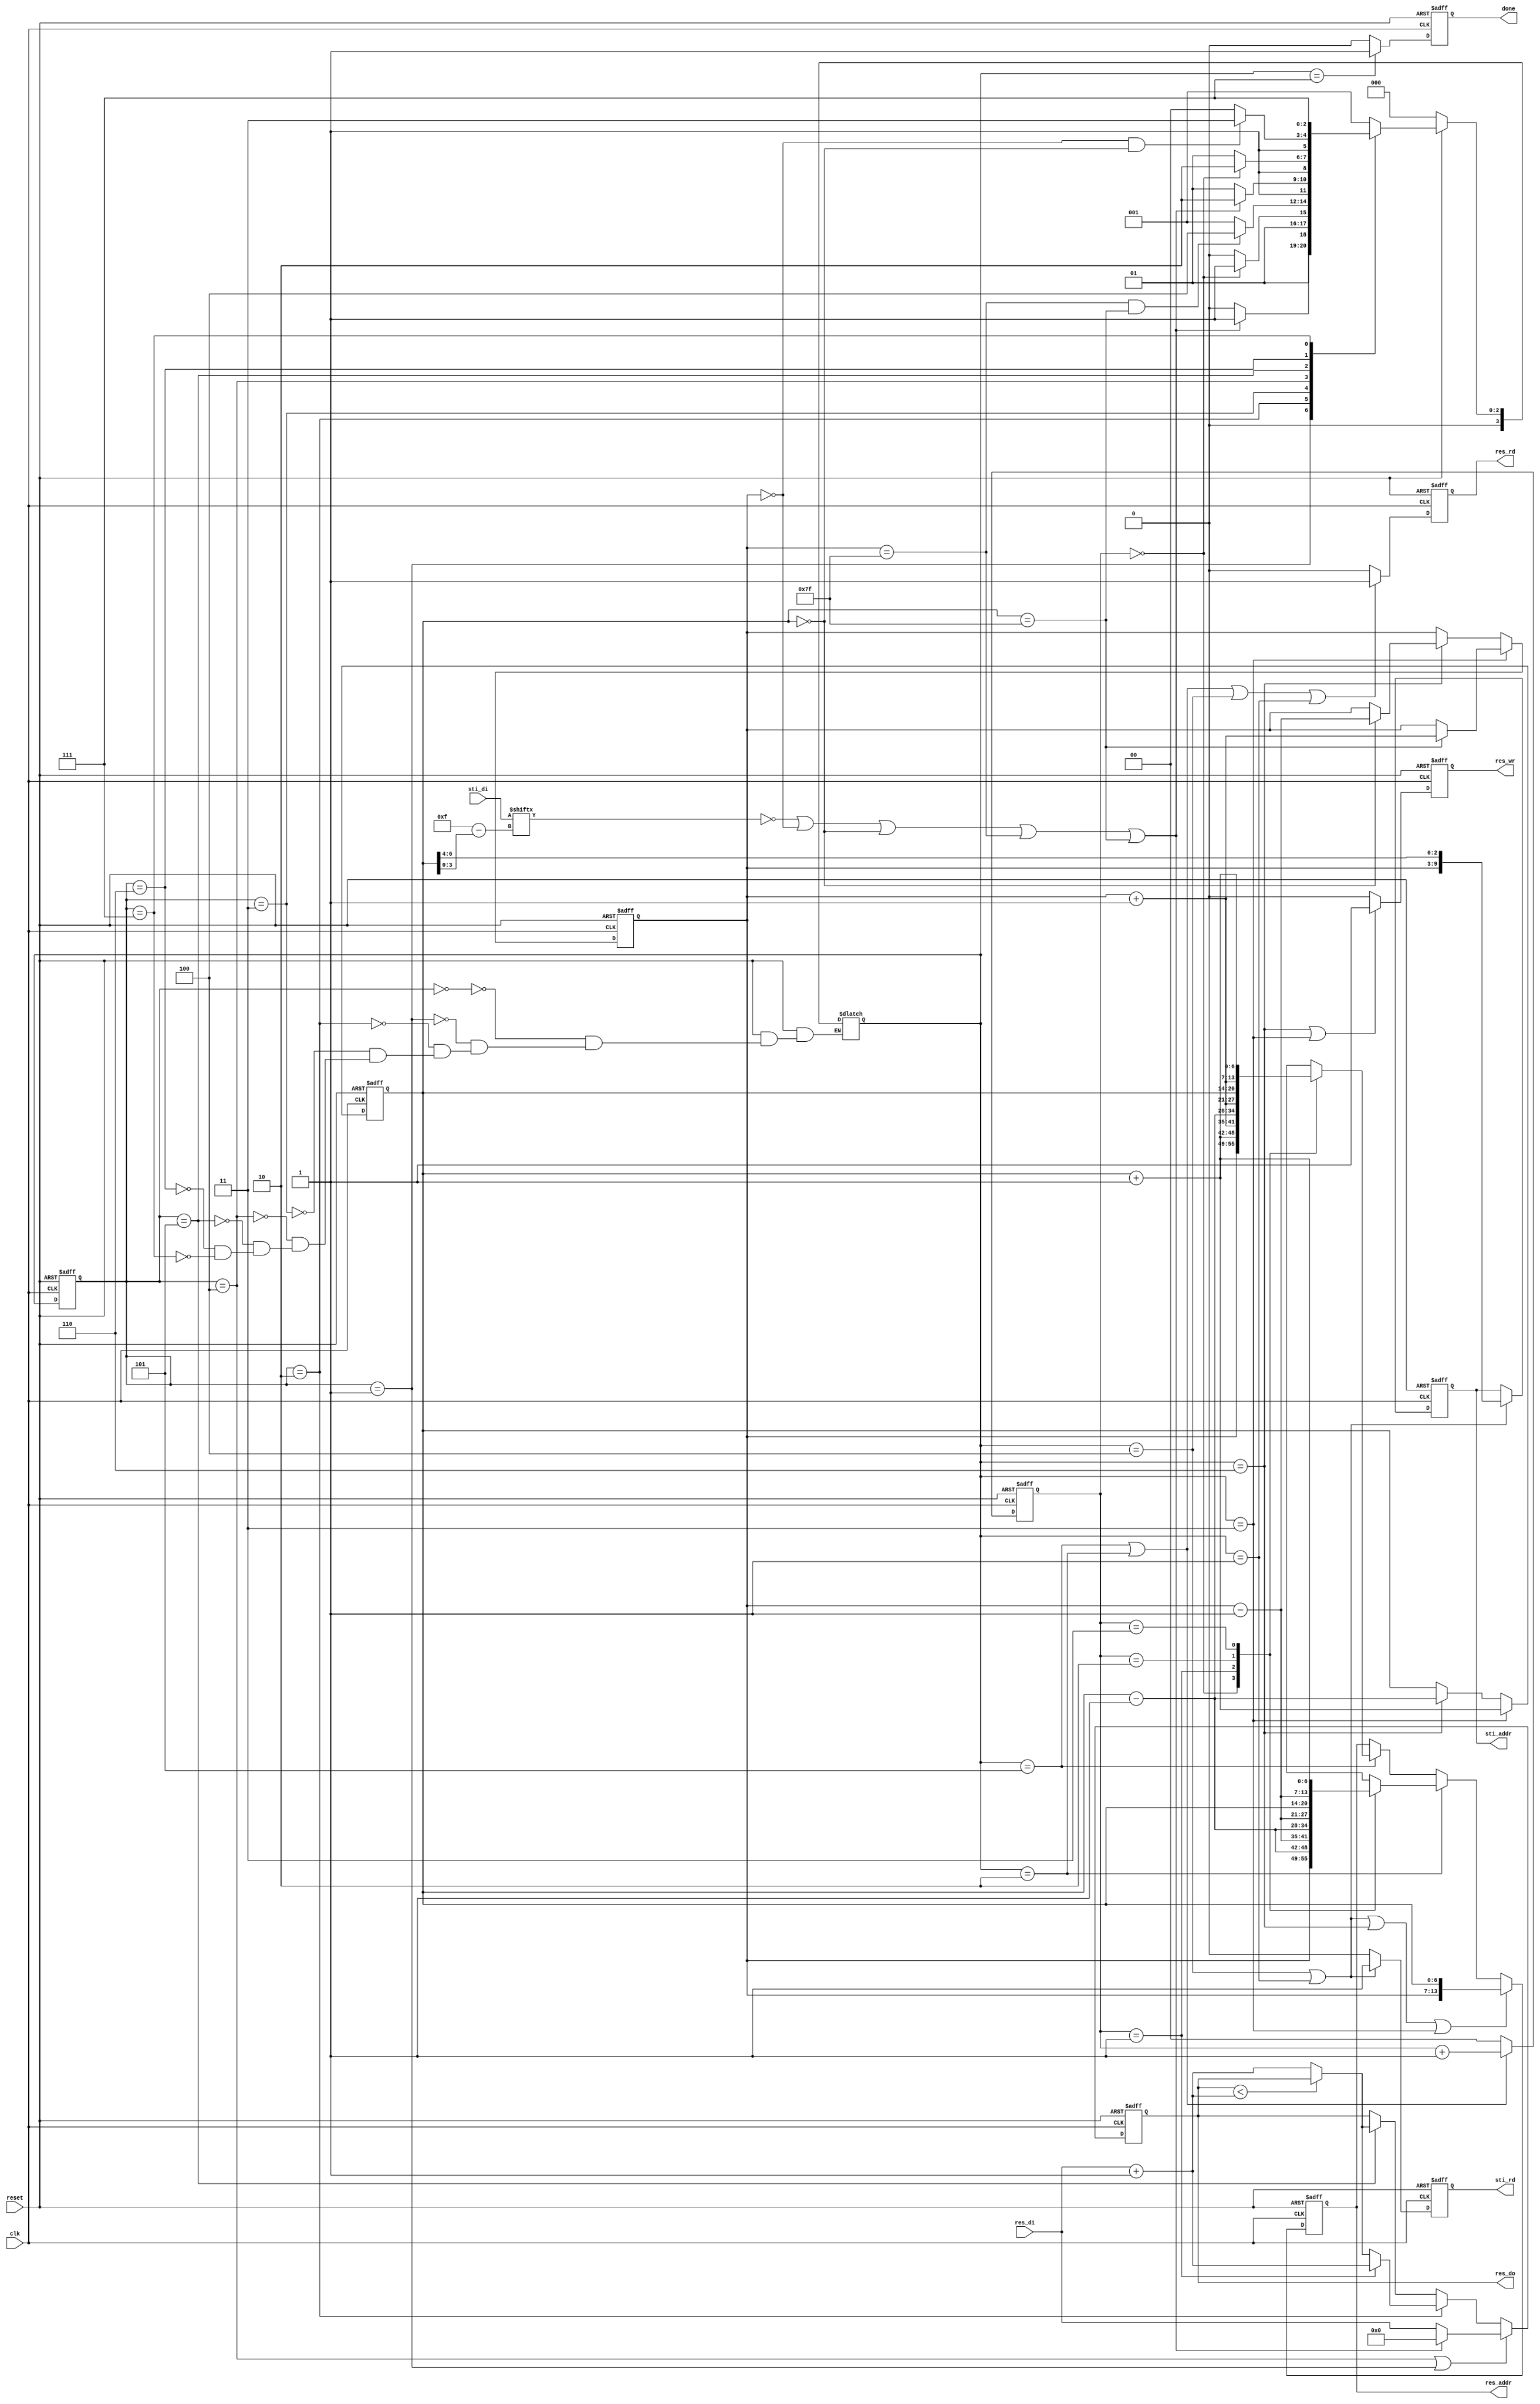
module DT(
           input 			clk,
           input			reset,
           output	reg		done ,
           output	reg		sti_rd ,
           output	reg 	[9:0]	sti_addr ,
           input		[15:0]	sti_di,
           output	reg		res_wr ,
           output	reg		res_rd ,
           output	reg 	[13:0]	res_addr ,
           output	reg 	[7:0]	res_do,
           input		[7:0]	res_di
       );
parameter idle = 0;
parameter read_center_f = 1;
parameter read_f = 2;
parameter write_f = 3;
parameter read_center_b = 4;
parameter read_b = 5;
parameter write_b = 6;
parameter finish = 7;

reg [1:0]counter;
reg [3:0]current_state,next_state;
reg [6:0]x,y;
wire [7:0]res_di_adder;
wire[6:0] x_minus_1,x_plus_1,y_minus_1,y_plus_1;
wire[3:0] center;
assign res_di_adder = res_di+1;
assign center = 4'b1111 - y[3:0];
assign x_minus_1 = x-1;
assign x_plus_1 = x+1;
assign y_minus_1 = y-1;
assign y_plus_1 = y+1;

always @(*) //next_state logic
begin
    if(!reset)
        next_state = idle;
    else
    begin
        case(current_state)

            idle:
                if(reset) next_state = read_center_f;
                else next_state = idle;

            read_center_f:
                if(sti_di[center]==0|| x == 0 || y == 0 || x==7'b1111111 || y== 7'b1111111)next_state = write_f;
                else next_state = read_f;

            read_f:
                if(counter==0) next_state = write_f;
                else next_state = read_f;

            write_f:
                if(x==7'b1111111 && y== 7'b1111111)next_state = read_center_b;
                else next_state = read_center_f;

            read_center_b:
                if(sti_di[center]==0|| x == 0 || y == 0 || x==7'b1111111 || y== 7'b1111111) next_state = write_b;
                else next_state = read_b;

            read_b:
                if(counter==0) next_state = write_b;
                else next_state = read_b;

            write_b:
                if(x==0 && y== 0)next_state = finish;
                else next_state = read_center_b;

            finish: next_state = finish;

            default: next_state = next_state;

        endcase
    end
end
always @(posedge clk or negedge reset) //current_state
begin
    if(!reset) current_state<=idle;
    else current_state<=next_state;
end
always @(posedge clk or negedge reset) //counter
begin
    if(!reset) 
        counter<=0;
    else if (next_state==read_f||next_state==read_b)
        counter<=counter+1;
    else
        counter<=0;
end
always @(posedge clk or negedge reset) //x
begin
    if(!reset) 
        x <= 0;
    else if(next_state == write_f )
    begin
        if(y == 7'b1111111) x<=x+1;
        else x<=x;
    end
    else if(next_state == write_b )
    begin
        if(y == 0) x<=x-1;
        else x<=x;
    end
    else
    ;
end
always @(posedge clk or negedge reset) //y
begin
    if(!reset)
        y<=0;
    else if(next_state == write_f )
        y<=y+1;
    else if(next_state == write_b )
        y<=y-1;
    else 
    ;
end
always @(posedge clk or negedge reset) //res_addr
begin
    if(!reset)
        res_addr<=0;
    else if(next_state == read_center_b|| next_state == read_center_f||next_state == write_b||next_state == write_f)
        res_addr<={x,y};
    else if(next_state == read_f)
    begin
        case(counter)
        0:res_addr<={x,y_minus_1};
        1:res_addr<={x_minus_1,y_minus_1};
        2:res_addr<={x_minus_1,y};
        3:res_addr<={x_minus_1,y_plus_1};
        default:res_addr<=res_addr;
        endcase
    end
    else if(next_state == read_b)
    begin
        case(counter)
        0:res_addr<={x,y_plus_1};
        1:res_addr<={x_plus_1,y_minus_1};
        2:res_addr<={x_plus_1,y};
        3:res_addr<={x_plus_1,y_plus_1};
        default:res_addr<=res_addr;
        endcase
    end
    else
    ;
end
always @(posedge clk or negedge reset) //sti_addr
begin
    if(!reset)
        sti_addr<=0;
    else if (next_state == read_center_b|| next_state == read_center_f)
        sti_addr<={x,y}>>4;
    else
    ;
end
always @(posedge clk or negedge reset) //res_do
begin
    if(!reset)
        res_do<=0;
    else if(current_state ==read_center_b||current_state==read_center_f)
    begin
        if(sti_di[center]==0 ||x==0||y==0||x == 7'b1111111 || y ==7'b1111111) res_do<=0;
        else res_do<=res_di;
    end
    else if(current_state == read_f)
    begin
        if(counter==1)    
            res_do <= res_di + 1;
        else
            res_do <= res_do < res_di_adder ? res_do : res_di_adder;
    end
    else if(current_state == read_b)
        res_do <= res_do < res_di_adder ?res_do : res_di_adder;
    else
    ;
end
always @(posedge clk or negedge reset) //done
begin
    if(!reset)
        done<=0;
    else if(next_state==finish)
        done<=1;
    else
        done<=0;
end
always @(posedge clk or negedge reset) //res_wr
begin
    if(!reset)
        res_wr<=0;
    else if(next_state == write_b||next_state == write_f)
        res_wr<=1;
    else
        res_wr<=0;
end
always @(posedge clk or negedge reset) //sti_rd
begin
    if(!reset)
        sti_rd<=0;
    else if(next_state==read_center_b||next_state == read_center_f)
        sti_rd<=1;
    else
        sti_rd<=0;
end
always @(posedge clk or negedge reset) //res_rd
begin
    if(!reset)
        res_rd<=0;
    else if(next_state == read_b||next_state == read_f||next_state==read_center_b||next_state == read_center_f)
        res_rd<=1;
    else
        res_rd<=0;
end
endmodule